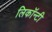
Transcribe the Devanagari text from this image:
लिकॉन्टी